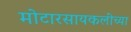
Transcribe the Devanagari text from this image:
मोटारसायकलींच्या